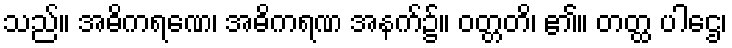
သည်။ အဓိကရဏေ၊ အဓိကရဏ အနက်၌။ ဝတ္တတိ၊ ၏။ တတ္ထ ပါဌေ၊